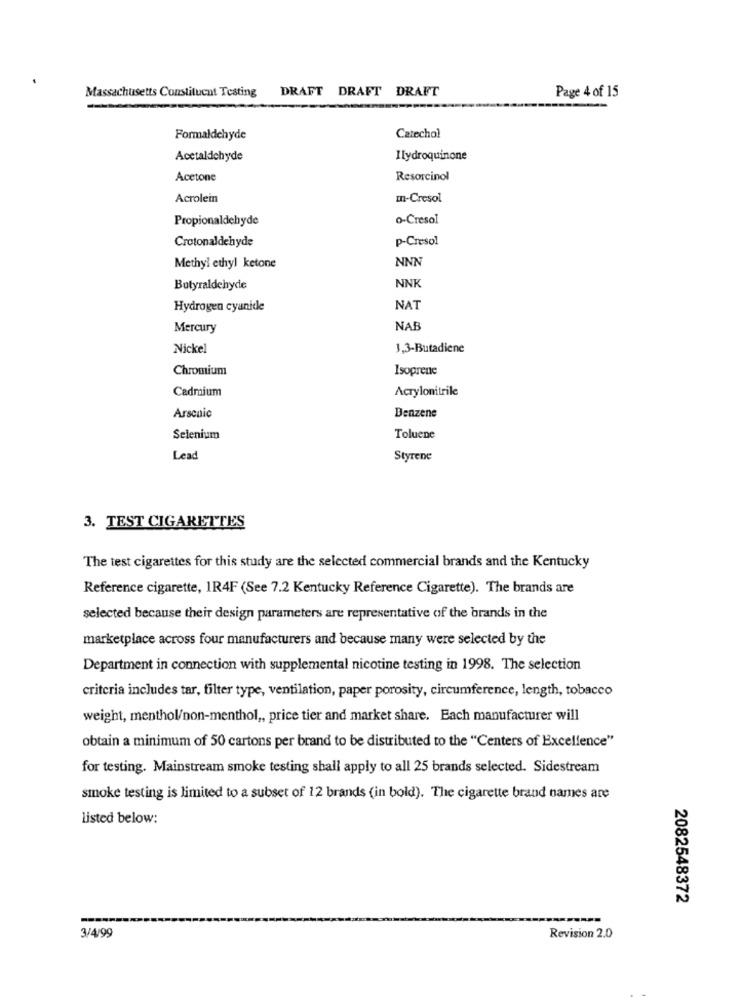
Massachusetts Constituent Testing
DRAFT DRAFT DRAFT
Page 4 of 15
Formaldehyde
Catechol
Acetaldehyde
Ilydroquinone
Acetone
Resorcinol
Acrolein
m-Cresol
Propionaldehyde
0-Cresol
Crotonaldehyde
p-Cresol
NNN
Methyl ethyl ketone
Butyraldehyde
NNK
Hydrogen cyanide
NAT
Mercury
NAB
Nickel
1,3-Butadiene
Chromium
Isoprene
Cadmium
Acrylonitrile
Arsenic
Benzene
Selenium
Toluene
Lead
Styrene
3. TEST CIGARETTES
The test cigarettes for this study are the selected commercial brands and the Kentucky
Reference cigarette, 1R4F (See 7.2 Kentucky Reference Cigarette). The brands are
selected because their design parameters are representative of the brands in the
marketplace across four manufacturers and because many were selected by the
Department in connection with supplemental nicotine testing in 1998. The selection
criteria includes tar, filter type, ventilation, paper porosity, circumference, length, tobacco
weight, menthol/non-menthol ,, price tier and market share. Each manufacturer will
obtain a minimum of 50 cartons per brand to be distributed to the "Centers of Excellence"
for testing. Mainstream smoke testing shall apply to all 25 brands selected. Sidestream
smoke testing is limited to a subset of 12 brands (in bold). The cigarette brand names are
listed below:
2082548372
3/4/99
Revision 2.0